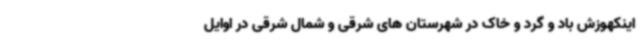
اینکهوزش باد و گرد و خاک در شهرستان های شرقی و شمال شرقی در اوایل